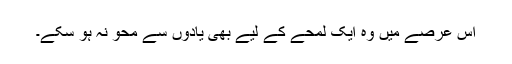
اس عرصے میں وہ ایک لمحے کے لیے بھی یادوں سے محو نہ ہو سکے۔